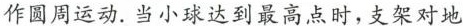
作圆周运动。当小球达到最高点时，支架对地